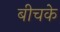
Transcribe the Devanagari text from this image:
बीचके